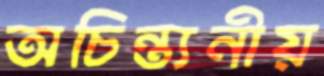
অচিন্ত্যনীয়